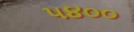
૫૪૦૦